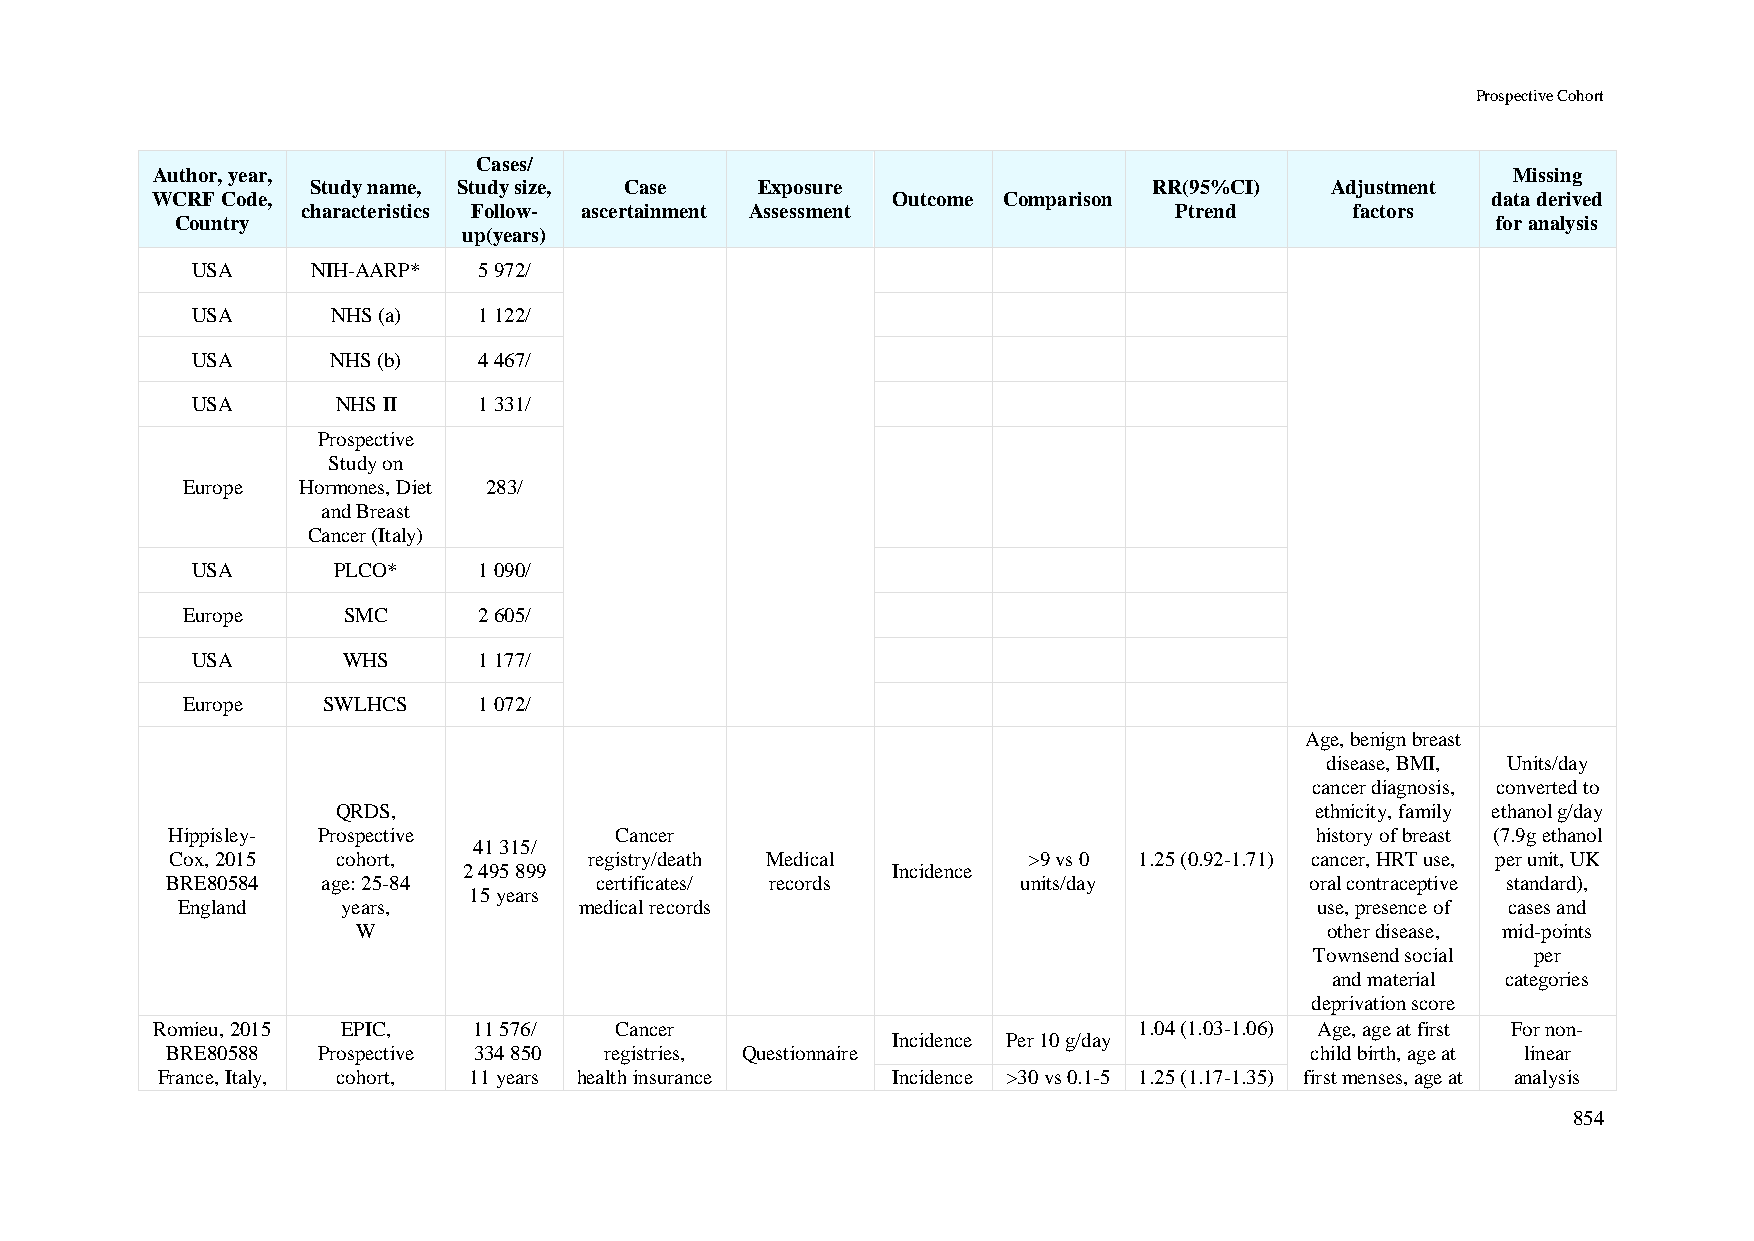
Prospective Cohort
 Cases/
 Author, year,                                                                             Missing
 Study name, Study size, Case Exposure                  RR(95%CI)   Adjustment
 WCRF Code,                                       Outcome Comparison                      data derived
 characteristics Follow- ascertainment Assessment          Ptrend      factors
 Country                                                                                for analysis
 up(years)
 USA     NIH-AARP*  5 972/
 USA      NHS (a)   1 122/
 USA      NHS (b)   4 467/
 USA      NHS II    1 331/
 Prospective
 Study on
 Europe  Hormones, Diet 283/
 and Breast
 Cancer (Italy)
 USA      PLCO*     1 090/
 Europe     SMC      2 605/
 USA       WHS      1 177/
 Europe   SWLHCS     1 072/
 Age, benign breast
 disease, BMI, Units/day
 cancer diagnosis, converted to
 QRDS,                                                            ethnicity, family ethanol g/day
 Hippisley- Prospective        Cancer                                        history of breast (7.9g ethanol
 41 315/
 Cox, 2015  cohort,          registry/death Medical       >9 vs 0 1.25 (0.92-1.71) cancer, HRT use, per unit, UK
 2 495 899                   Incidence
 BRE80584  age: 25-84        certificates/ records        units/day          oral contraceptive standard),
 15 years
 England    years,         medical records                                  use, presence of cases and
 W                                                               other disease, mid-points
 Townsend social per
 and material categories
 deprivation score
 Romieu, 2015 EPIC,   11 576/   Cancer                            1.04 (1.03-1.06) Age, age at first For non-
 Incidence Per 10 g/day
 BRE80588  Prospective 334 850 registries, Questionnaire                     child birth, age at linear
 France, Italy, cohort, 11 years health insurance Incidence >30 vs 0.1-5 1.25 (1.17-1.35) first menses, age at analysis
 854